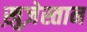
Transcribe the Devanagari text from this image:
ख़ुज़ेस्तान